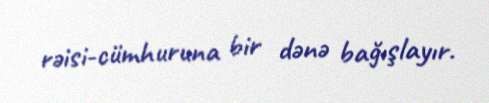
rəisi-cümhuruna bir dənə bağışlayır.